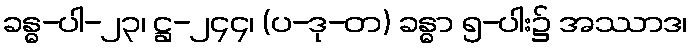
ခန္ဓ-ပါ-၂၃၊ ဋ္ဌ-၂၄၄၊ (ပ-ဒု-တ) ခန္ဓာ ၅-ပါး၌ အဿာဒ၊